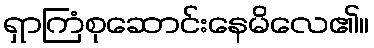
ရှာကြံစုဆောင်းနေမိလေ၏။